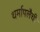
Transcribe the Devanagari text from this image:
थर्मापलैची